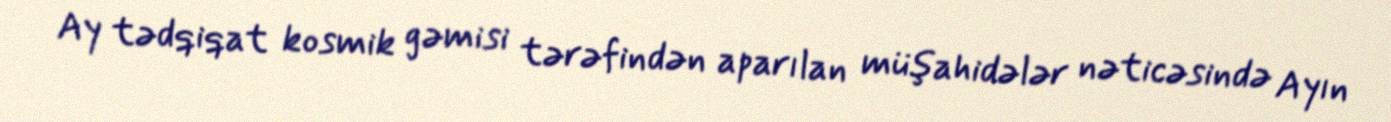
Ay tədqiqat kosmik gəmisi tərəfindən aparılan müşahidələr nəticəsində Ayın